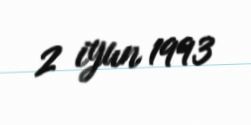
2 iyun 1993